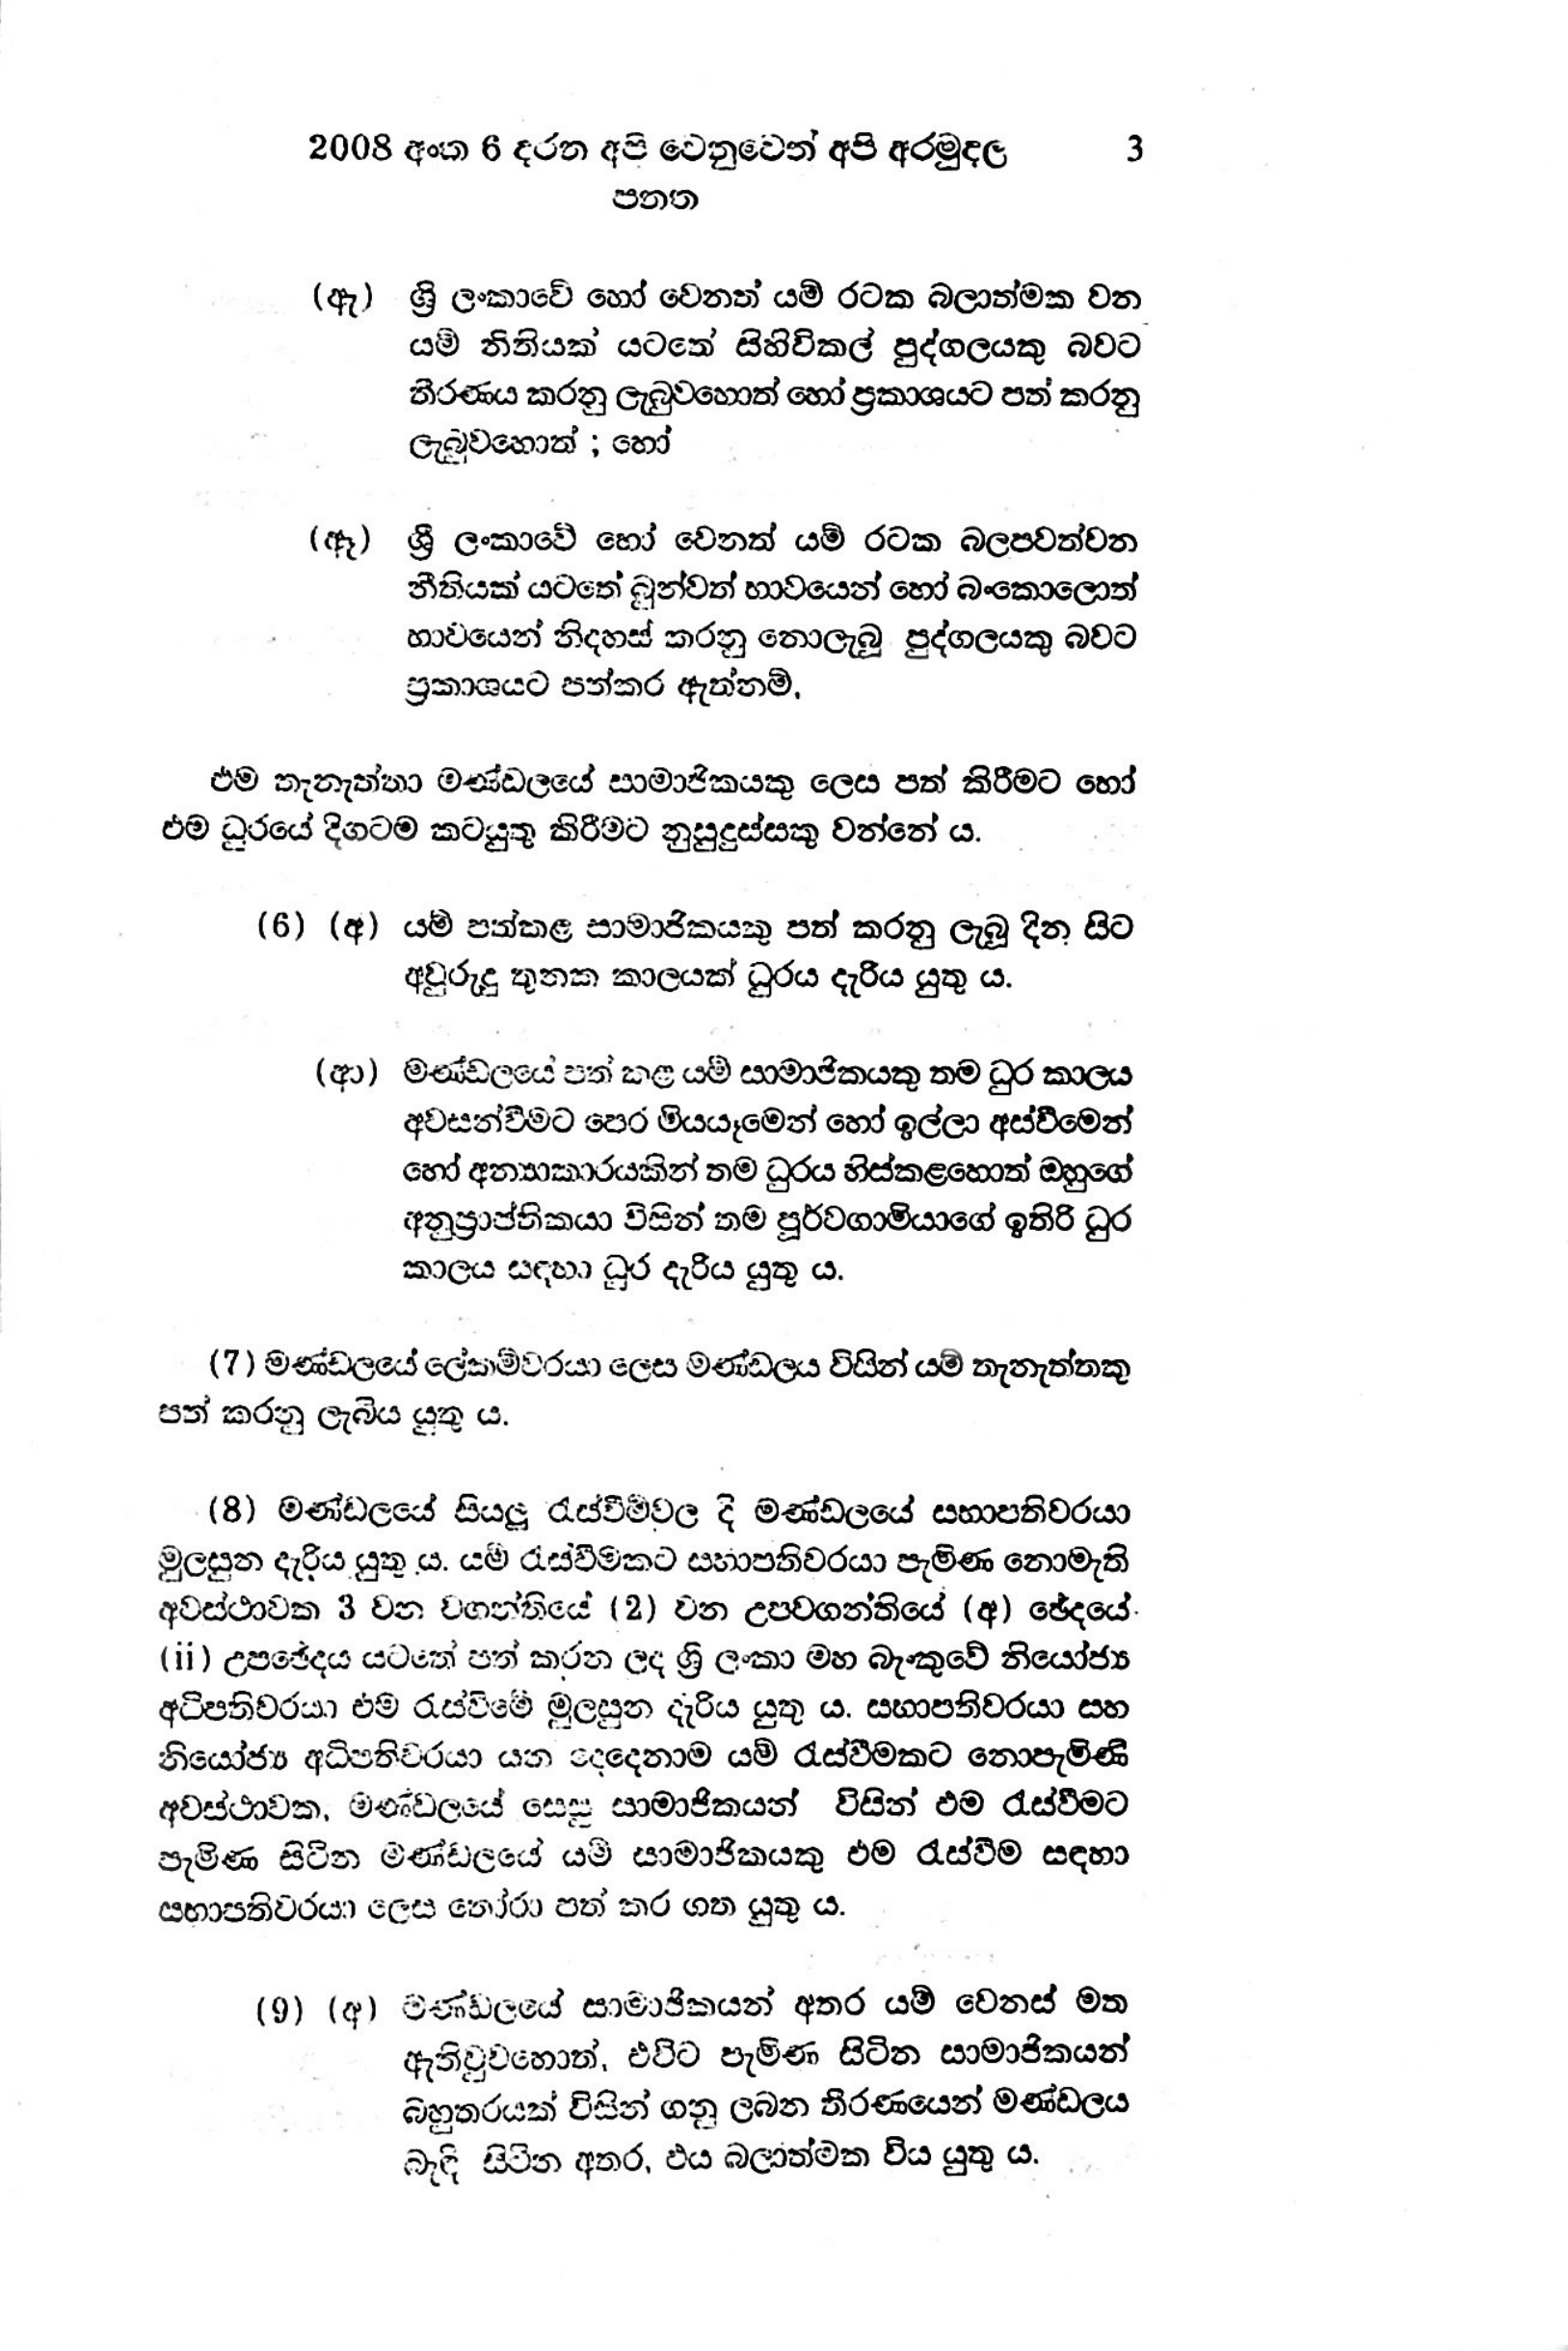
2008 අංක 6 දරන අපි වෙනුවෙත් අපි අරමුදල 3
පනත

(ඇ) ශ්‍රි ලංකාවේ හෝ වෙනත් යම් රටක බලාත්මක වන
යම් නිතියක් යටතේ සිහිවිකල් පුද්ගලයකු බවට
තීරණය කරනු ලැබුවහොත් හෝ ප්‍රකාශයට පත් කරනු
ලැබුවහොත් ; හෝ

(ඈ) ශ්‍රී ලංකාවේ හෝ වෙනත් යම් රටක බලපවත්වන
නීතියක් යටතේ බුන්වත් භාවයෙන් හෝ බංකොලොත්
භාවයෙන් නිදහස් කරනු නොලැබූ පුද්ගලයකු බවට
ප්‍රකාශයට පත්කර ඇත්නම්.

එම තැනැත්තා මණ්ඩලයේ සාමාජිකයකු ලෙස පත් කිරීමට හෝ
එම ධුරයේ දිගටම කටයුතු කිරීමට නුසුදුස්සකු වන්නේ ය.

(6) (අ) යම් පත්කළ සාමාජිකයකු පත් කරනු ලැබූ දින සිට
අවුරුදු තුනක කාලයක් ධුරය දැරිය යුතු ය.

(ආ) මණ්ඩලයේ පත් කළ යම් සාමාජිකයකු තම ධුර කාලය
අවසන්වීමට පෙර මියයෑමෙන් හෝ ඉල්ලා අස්වීමෙන්
හෝ අන්‍යාකාරයකින් තම ධුරය හිස්කළහොත් ඔහුගේ
අනුප්‍රාප්තිකයා විසින් තම පූර්වගාමියාගේ ඉතිරි ධුර
කාලය සඳහා ධුර දැරිය යුතු ය.

(7) මණ්ඩලයේ ලේකම්වරයා ලෙස මණ්ඩලය විසින් යම් තැනැත්තකු
පත් කරනු ලැබිය යුතු ය.

(8) මණ්ඩලයේ සියලු රැස්වීමවල දි මණ්ඩලයේ සභාපතිවරයා
මුලසුන දැරිය යුතුය. යම් රැස්වීමකට සභාපතිවරයා පැමිණ නොමැති
අවස්ථාවක 3 වන වගන්තියේ (2) වන උපවගන්තියේ (අ) ඡේදයේ
(ii) උපර්ච්ඡේදය යටතේ පත් කරන ලද ශ්‍රී ලංකා මහ බැංකුවේ නියෝජ්‍ය
අධිපතිවරයා එම රැස්විමේ මුලසුන දැරිය යුතු ය. සභාපතිවරයා සහ
නියෝජ්‍ය අධිපතිවරයා යන දෙදෙනාම යම් රැස්වීමකට නොපැමිණි
අවස්ථාවක, මණ්ඩලයේ සෙසු සාමාජිකයන් විසින් එම රැස්වීමට
පැමිණ සිටින මණ්ඩලයේ යම් සාමාජිකයකු එම රැස්වීම සඳහා
සභාපතිවරයා ලෙස තෝරා පත් කර ගත යුතු ය.

(9) (අ) මණ්ඩලයේ සාමාජිකයන් අතර යම් වෙනස් මත
ඇතිවුවහොත්, එවිට පැමිණ සිටින සාමාජිකයන්
බහුතරයක් විසින් ගනු ලබන තීරණයෙන් මණ්ඩලය
බැඳි සිටින අතර, ඵය බලාත්මක විය යුතු ය.